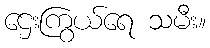
ဌေးကြွယ်ရေ သမီး။